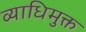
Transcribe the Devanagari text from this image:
व्याधिमुक्त